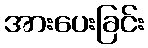
အားပေးခြင်း